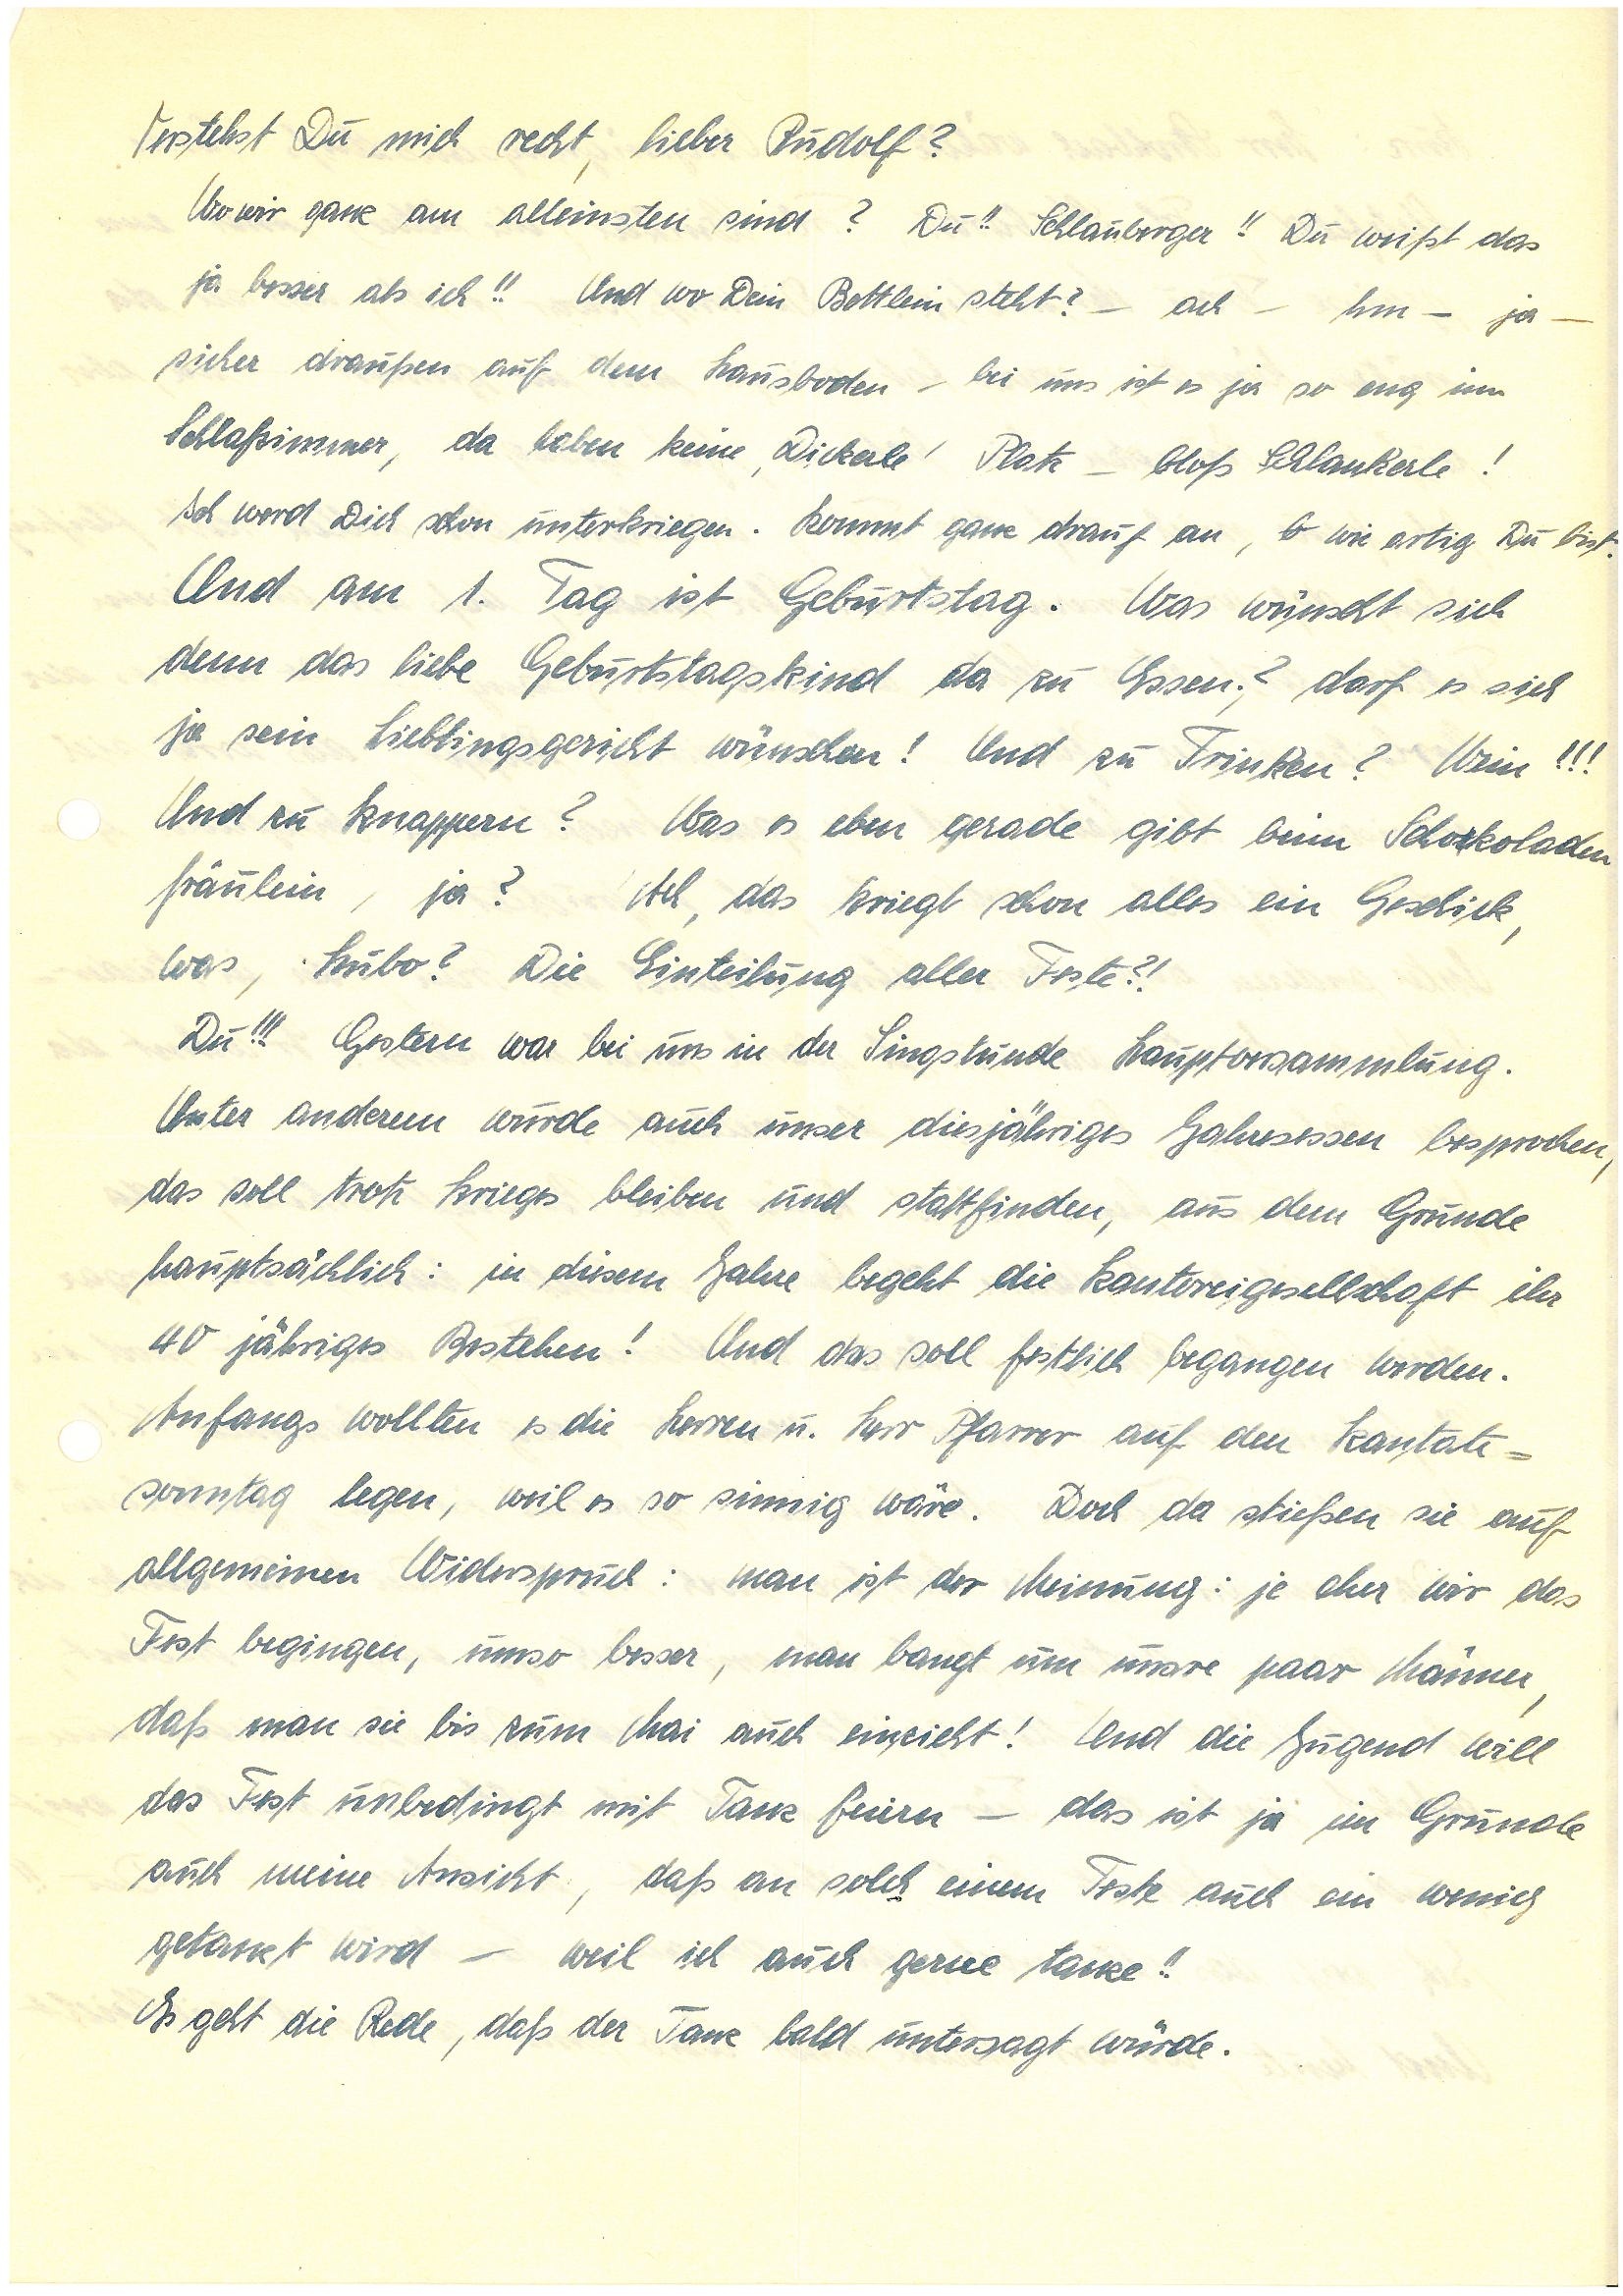
Verstehst Du mich recht, lieber ?
Wo wir ganz am alleinsten sind? Du!! Schlauberger!! Du weißt das
ja besser als ich!! Und wo Dein Bettlein steht? – ach – hm – ja –
siehe draußen auf dem Hausboden – bei uns ist es ja so eng im
Schlafzimmer, da haben keine ‚Dickerle’ Platz – bloß Schlankerle!
Ich werd Dich schon unterkriegen. Kommt ganz drauf an, wie artig Du bist.
Und am 1. Tag ist Geburtstag. Was wünscht sich
denn das liebe Geburtstagskind da zu Essen? darf es sich
ja sein Lieblingsgericht wünschen! Und zu Trinken? Wein!!!
Und zu knappern? Was es eben gerade gibt beim Schokoladen¬
fräulein, ja? Ach, das kriegt schon alles ein Geschick,
was, Hubo? Die Einteilung aller Feste?!
Du!!! Gestern war bei uns in der Singstunde Hauptversammlung.
Unter anderem wurde auch unser diesjähriges Jahresessen besprochen,
das soll trotz Krieges bleiben und stattfinden, aus dem Grunde
hauptsächlich: in diesem Jahre begeht die Kantoreigesellschaft ihr
40 jähriges Bestehen! Und das soll festlich begangen werden.
Anfangs wollten es die Herren u. Herr Pfarrer auf den Kantate¬
sonntag legen, weil es so sinnig wäre. Doch da stießen sie auf
allgemeinen Widerspruch: man ist der Meinung: je eher wir das
Fest begingen, umso besser, man bangt um unsre paar Männer,
daß man sie bis zum Mai auch einzieht! Und die Jugend will
das Fest unbedingt mit Tanz feiern – das ist ja im Grunde
auch meine Ansicht, daß an solch einem Feste auch ein wenig
getanzt wird – weil ich auch gerne tanze!!
Es geht die Rede, daß der Tanz bald untersagt würde.